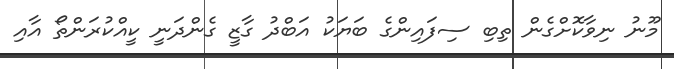
މޫނު ނިވާކޮށްގެން ތިބި ސިފައިންގެ ބަޔަކު އަބްދު ގާޒީ ގެންދަނީ ކީއްކުރަންތޯ އާއި